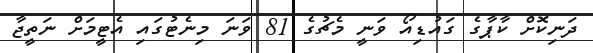
ދަނިކޮށް ކާޕާގެ ގައުޑިއޯ ވަނީ މެޗުގެ 81 ވަނަ މިނެޓުގައި އެޓީމަށް ނަތީޖާ